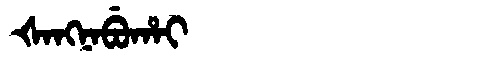
Manchu: ᡧᠠᠩᠨᠠᠪᡠᡥᠠᡳ
Romanization: ŠANGNABUHAI